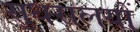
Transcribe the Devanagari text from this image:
सुधरालयों